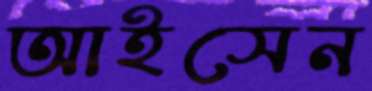
আইসেন